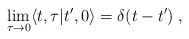
\begin{align*}\lim_{\tau\rightarrow 0}\langle t,\tau\vert t',0\rangle=\delta(t-t')\; ,\end{align*}